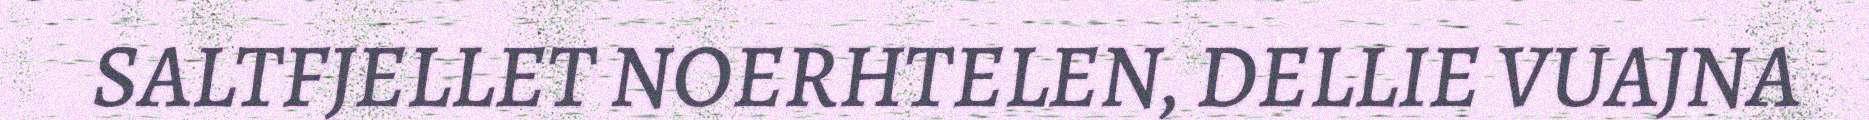
SALTFJELLET NOERHTELEN, DELLIE VUAJNA